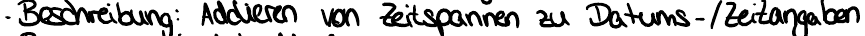
Beschreibung : Addieren von Zeitspannen zu Datums-/Zeitangaben